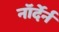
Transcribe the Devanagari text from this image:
नॉर्देर्न